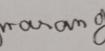
Signature authenticity: genuine